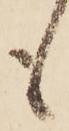
も